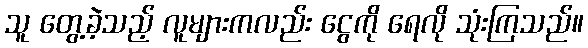
သူ တွေ့ခဲ့သည့် လူများကလည်း ငွေကို ရေလို သုံးကြသည်။